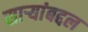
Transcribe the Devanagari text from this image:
साऱ्यांबद्दल